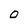
Character: O